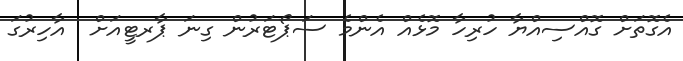
އެގޮތަށް ގޮއްސިއްޔާ ހުރިހާ މޮޅެއް އެންމެ ސަޕޯޓަރުން ގިނަ ޕާރޓީއަށް  އާހިރުގަ